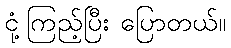
ငုံ့ကြည့်ပြီး ပြောတယ်။